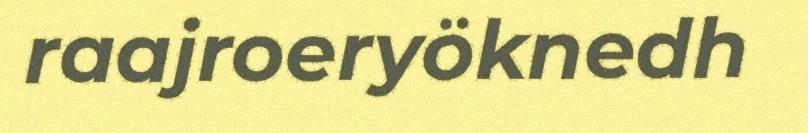
raajroeryöknedh